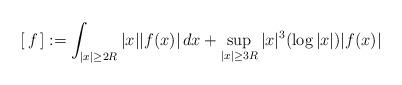
LaTeX: \begin{align*}[\,f\,]:=\int_{|x|\geq 2R}|x||f(x)|\,dx+\sup_{|x|\geq 3R}|x|^3(\log |x|)|f(x)|\end{align*}